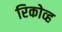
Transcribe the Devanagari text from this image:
रिकोव्ह